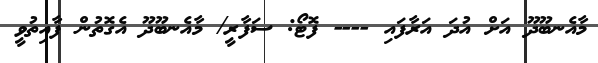
މާއެނބޫދޫ އަށް އުދަ އަރާފައި ---- ފޮޓޯ: ސަފާރީ/ މާއެނބޫދޫ އެގޮތުން ފާއިތުވީ